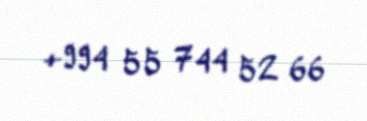
+994 55 744 52 66